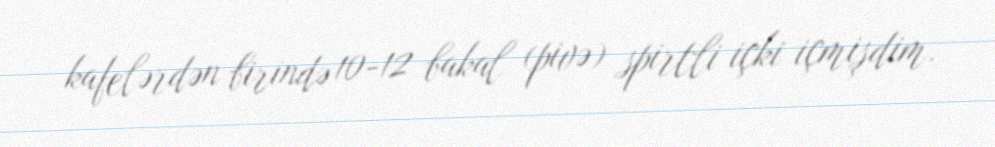
kafelərdən birində 10-12 bakal (pivə) spirtli içki içmişdim.